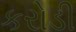
કરોડી